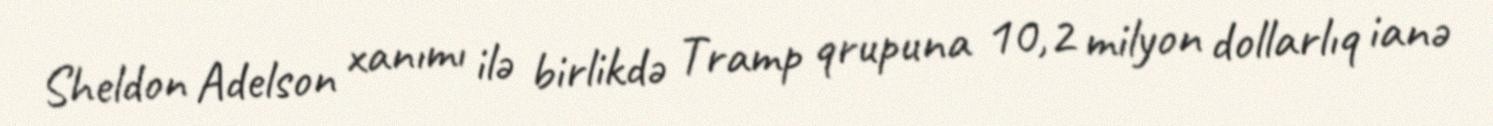
Sheldon Adelson xanımı ilə birlikdə Tramp qrupuna 10,2 milyon dollarlıq ianə